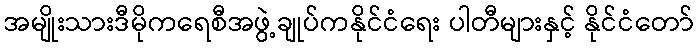
အမျိုးသားဒီမိုကရေစီအဖွဲ့ချုပ်ကနိုင်ငံရေး ပါတီများနှင့် နိုင်ငံတော်